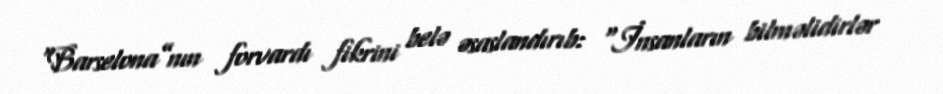
“Barselona”nın forvardı fikrini belə əsaslandırıb: “İnsanların bilməlidirlər